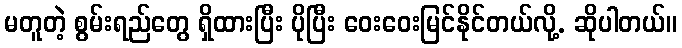
မတူတဲ့ စွမ်းရည်တွေ ရှိထားပြီး ပိုပြီး ဝေးဝေးမြင်နိုင်တယ်လို့. ဆိုပါတယ်။